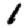
Digit: 1